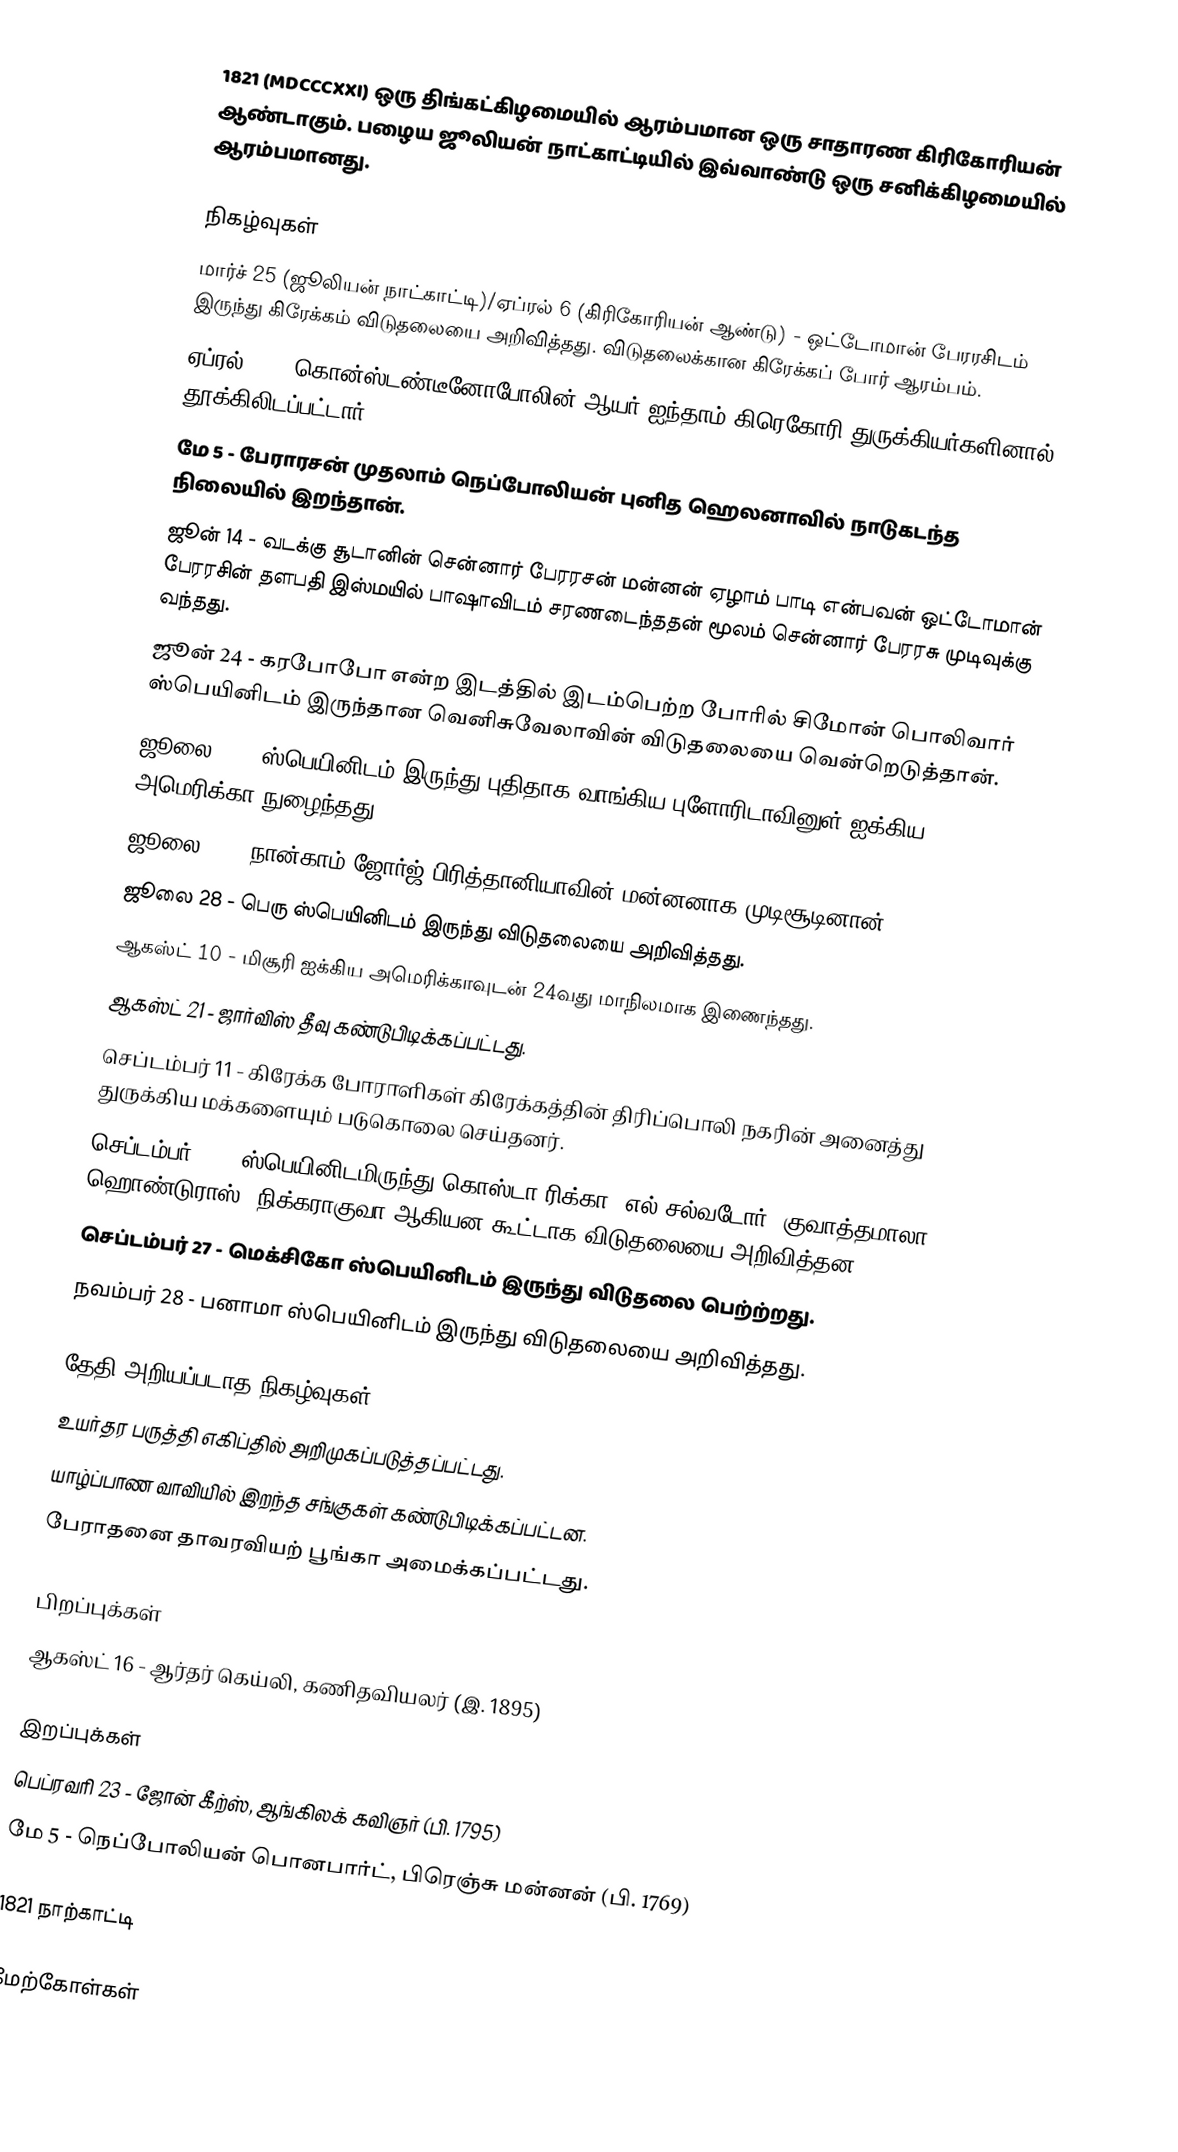
1821 (MDCCCXXI) ஒரு திங்கட்கிழமையில் ஆரம்பமான ஒரு சாதாரண கிரிகோரியன் ஆண்டாகும். பழைய ஜூலியன் நாட்காட்டியில் இவ்வாண்டு ஒரு சனிக்கிழமையில் ஆரம்பமானது.

நிகழ்வுகள்
 மார்ச் 25 (ஜூலியன் நாட்காட்டி)/ஏப்ரல் 6 (கிரிகோரியன் ஆண்டு) - ஒட்டோமான் பேரரசிடம் இருந்து கிரேக்கம் விடுதலையை அறிவித்தது. விடுதலைக்கான கிரேக்கப் போர் ஆரம்பம்.
 ஏப்ரல் 10 - கொன்ஸ்டண்டீனோபோலின் ஆயர் ஐந்தாம் கிரெகோரி துருக்கியர்களினால் தூக்கிலிடப்பட்டார்.
 மே 5 - பேராரசன் முதலாம் நெப்போலியன் புனித ஹெலனாவில் நாடுகடந்த நிலையில் இறந்தான்.
 ஜூன் 14 - வடக்கு சூடானின் சென்னார் பேரரசன் மன்னன் ஏழாம் பாடி என்பவன் ஒட்டோமான் பேரரசின் தளபதி இஸ்மயில் பாஷாவிடம் சரணடைந்ததன் மூலம் சென்னார் பேரரசு முடிவுக்கு வந்தது.
 ஜூன் 24 - கரபோபோ என்ற இடத்தில் இடம்பெற்ற போரில் சிமோன் பொலிவார் ஸ்பெயினிடம் இருந்தான வெனிசுவேலாவின் விடுதலையை வென்றெடுத்தான்.
 ஜூலை 10 - ஸ்பெயினிடம் இருந்து புதிதாக வாங்கிய புளோரிடாவினுள் ஐக்கிய அமெரிக்கா நுழைந்தது.
 ஜூலை 19 - நான்காம் ஜோர்ஜ் பிரித்தானியாவின் மன்னனாக முடிசூடினான்.
 ஜூலை 28 - பெரு ஸ்பெயினிடம் இருந்து விடுதலையை அறிவித்தது.
 ஆகஸ்ட் 10 - மிசூரி ஐக்கிய அமெரிக்காவுடன் 24வது மாநிலமாக இணைந்தது.
 ஆகஸ்ட் 21 - ஜார்விஸ் தீவு கண்டுபிடிக்கப்பட்டது.
 செப்டம்பர் 11 - கிரேக்க போராளிகள் கிரேக்கத்தின் திரிப்பொலி நகரின் அனைத்து துருக்கிய மக்களையும் படுகொலை செய்தனர்.
 செப்டம்பர் 15 - ஸ்பெயினிடமிருந்து கொஸ்டா ரிக்கா, எல் சல்வடோர், குவாத்தமாலா, ஹொண்டுராஸ், நிக்கராகுவா ஆகியன கூட்டாக விடுதலையை அறிவித்தன.
 செப்டம்பர் 27 - மெக்சிகோ ஸ்பெயினிடம் இருந்து விடுதலை பெற்ற்றது.
 நவம்பர் 28 - பனாமா ஸ்பெயினிடம் இருந்து விடுதலையை அறிவித்தது.

தேதி அறியப்படாத நிகழ்வுகள்
 உயர்தர பருத்தி எகிப்தில் அறிமுகப்படுத்தப்பட்டது.
 யாழ்ப்பாண வாவியில் இறந்த சங்குகள் கண்டுபிடிக்கப்பட்டன.
 பேராதனை தாவரவியற் பூங்கா அமைக்கப்பட்டது.

பிறப்புக்கள்
 ஆகஸ்ட் 16 - ஆர்தர் கெய்லி, கணிதவியலர் (இ. 1895)

இறப்புக்கள்
 பெப்ரவரி 23 - ஜோன் கீற்ஸ், ஆங்கிலக் கவிஞர் (பி. 1795)
 மே 5 - நெப்போலியன் பொனபார்ட், பிரெஞ்சு மன்னன் (பி. 1769)

1821 நாற்காட்டி

மேற்கோள்கள்